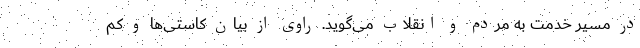
در مسیر خدمت به مردم و انقلاب می‌گوید. راوی از بیان کاستی‌ها و کم